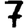
Digit: 7